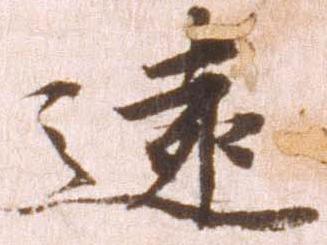
遠